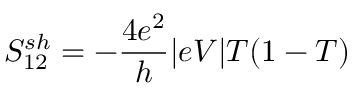
{ S _ { 1 2 } ^ { s h } = - \frac { 4 e ^ { 2 } } { h } | e V | T ( 1 - T ) }